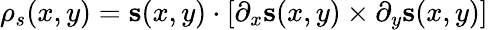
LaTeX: \rho_{s}(x,y)=\mathbf{s}(x,y)\cdot[\partial_{x}\mathbf{s}(x,y)\times\partial_{y}\mathbf{s}(x,y)]